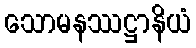
သောမနဿဋ္ဌာနိယံ